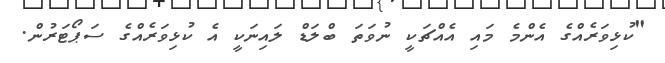
"ކުޅިވަރެއްގެ އެންމެ މައި އެއްޗަކީ ނުވަތަ ބްލަޑް ލައިނަކީ އެ ކުޅިވަރެއްގެ ސަޕޯޓަރުން.